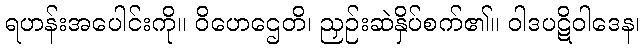
ရဟန်းအပေါင်းကို။ ဝိဟေဌေတိ၊ ညှဉ်းဆဲနှိပ်စက်၏။ ဝါဒပဋိဝါဒေန၊